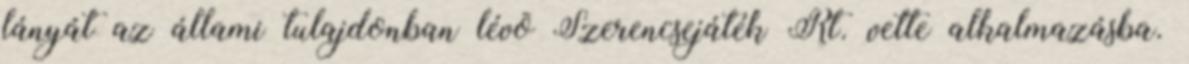
lányát az állami tulajdonban lévõ Szerencsejáték Rt. vette alkalmazásba.